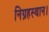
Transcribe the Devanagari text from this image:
निग्रहस्थान।